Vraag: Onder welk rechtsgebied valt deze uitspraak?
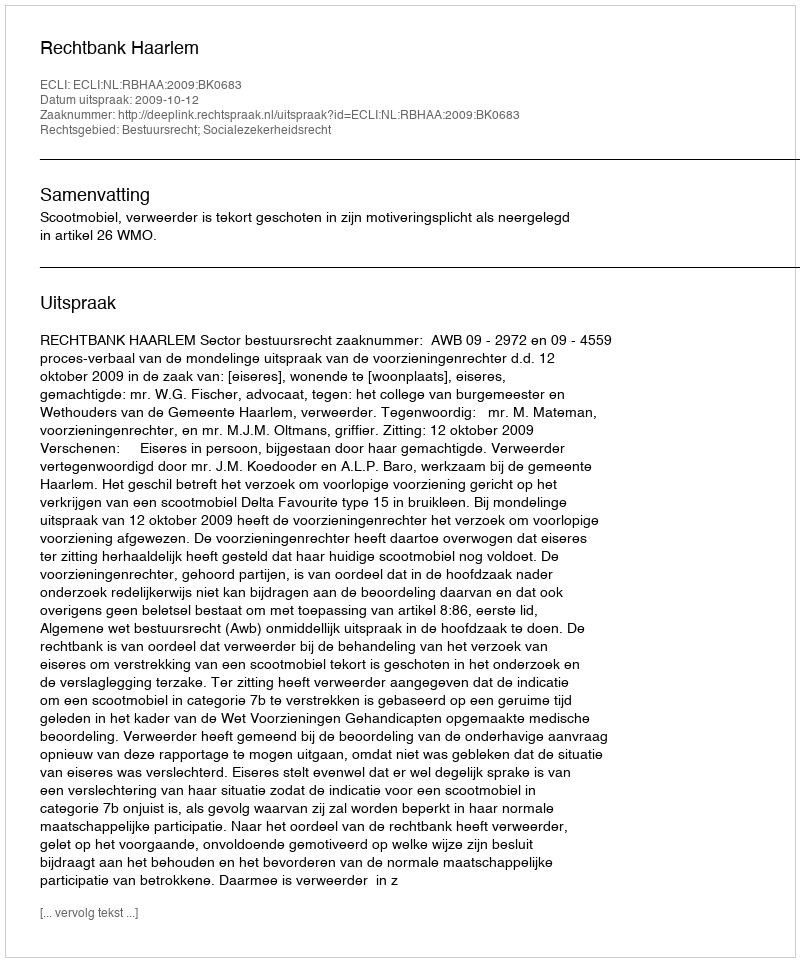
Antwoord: Bestuursrecht; Socialezekerheidsrecht